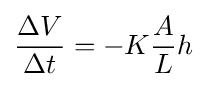
{\frac {\Delta V}{\Delta t}}=-K{\frac {A}{L}}h